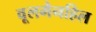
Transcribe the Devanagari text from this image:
वूलमैनहिल